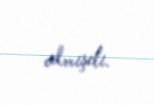
almışdı.